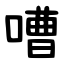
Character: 嘈